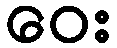
ဝေး